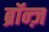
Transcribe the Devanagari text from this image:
ब्रॉन्ज़